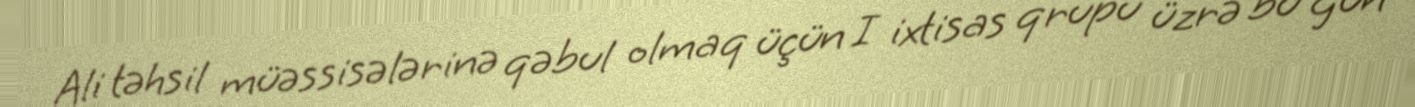
Ali təhsil müəssisələrinə qəbul olmaq üçün I ixtisas qrupu üzrə bu gün